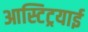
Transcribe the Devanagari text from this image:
आस्टिट्रयाई